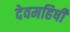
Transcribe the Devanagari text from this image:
देवमहिषी